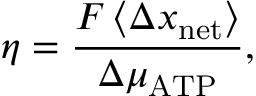
\eta = \frac { F \left\langle \Delta x _ { \mathrm { n e t } } \right\rangle } { \Delta \mu _ { \mathrm { A T P } } } ,